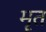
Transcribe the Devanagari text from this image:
मॄत